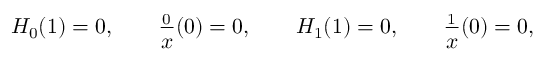
H _ { 0 } ( 1 ) = 0 , \qquad \frac { \d H _ { 0 } } { \d x } ( 0 ) = 0 , \qquad H _ { 1 } ( 1 ) = 0 , \qquad \frac { \d H _ { 1 } } { \d x } ( 0 ) = 0 ,